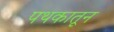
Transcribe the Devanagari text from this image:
पथकातून